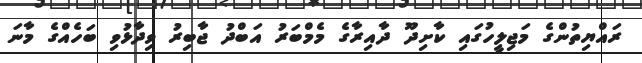
ރައްޔިތުންގެ މަޖިލީހުގައި ކާށިދޫ ދާއިރާގެ މެމްބަރު އަބްދު ޖާބިރު ވިދާޅުވި ބަހެއްގެ މާނަ